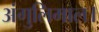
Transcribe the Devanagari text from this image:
अंगुलिमाल।